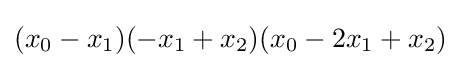
(x_{0}-x_{1})(-x_{1}+x_{2})(x_{0}-2x_{1}+x_{2})